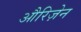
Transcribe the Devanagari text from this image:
औरिज़ेन